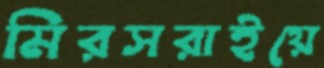
মিরসরাইয়ে